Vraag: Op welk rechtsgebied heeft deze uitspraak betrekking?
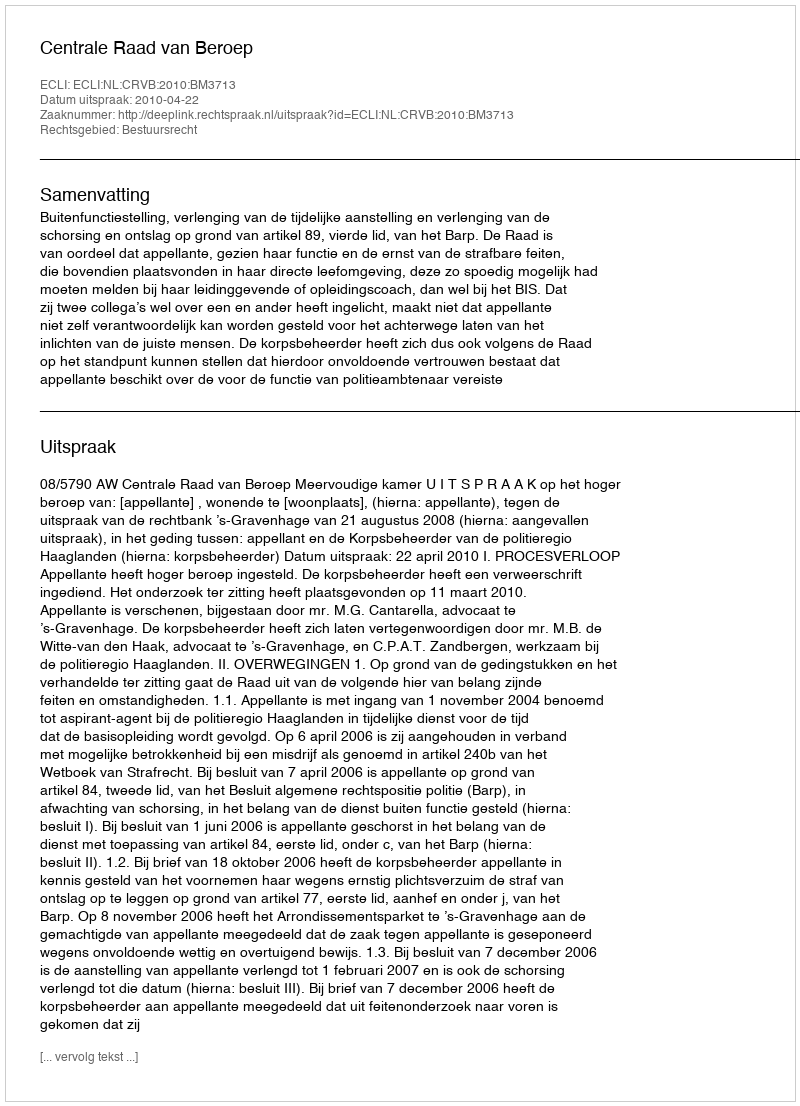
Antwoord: Bestuursrecht